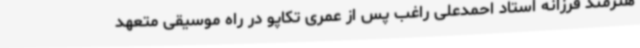
هنرمند فرزانه استاد احمدعلی راغب پس از عمری تکاپو در راه موسیقی متعهد